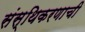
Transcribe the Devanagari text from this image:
संस्थिकरणाची